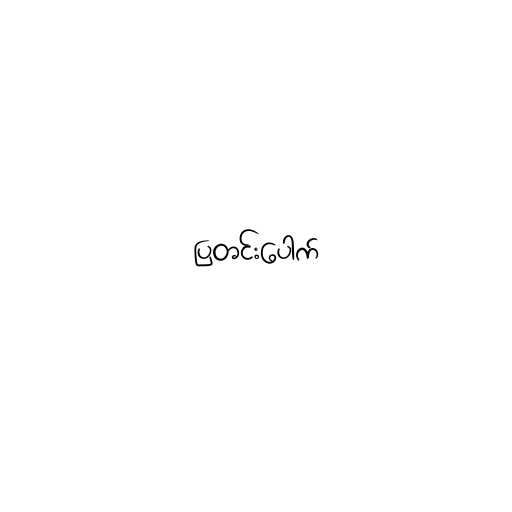
ပြတင်းပေါက်